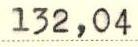
132,04